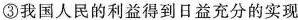
③我国人民的利益得到日益充分的实现